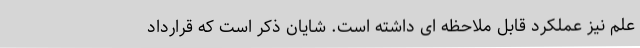
علم نیز عملکرد قابل ملاحظه ای داشته است. شایان ذکر است که قرارداد